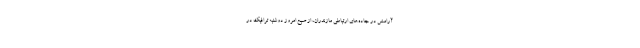
آرامش در جاده‌های ارتباطی مازندران، از صبح امروز دوشنبه ترافیک در